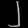
Digit: ၂